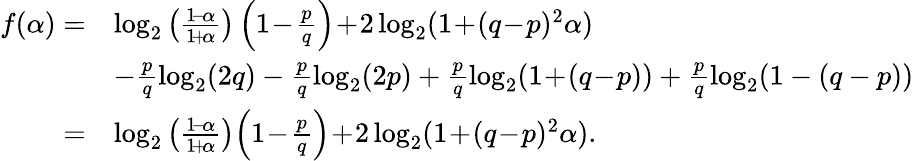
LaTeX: \begin{array}{rl}{f(\alpha)=}&{\log_{2}\left(\frac{1\! -\! \alpha}{1\! +\! \alpha}\right)\left(1\! -\! \frac{p}{q}\right)\! +\! 2\log_{2}(1\! +\! (q\! -\! p)^{2}\alpha)}\\ &{-\frac{p}{q}\log_{2}(2q)-\frac{p}{q}\log_{2}(2p)+\frac{p}{q}\log_{2}(1\! +\! (q\! -\! p))+\frac{p}{q}\log_{2}(1-(q-p))}\\ {=}&{\log_{2}\left(\frac{1\! -\! \alpha}{1\! +\! \alpha}\right)\! \left(1\! -\! \frac{p}{q}\right)\! +\! 2\log_{2}(1\! +\! (q\! -\! p)^{2}\alpha).}\end{array}